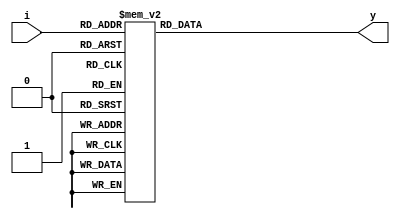
`timescale 1ns / 1ps

module decoder_3_8(
    output reg [7:0] y,
    input [2:0] i
    );
always@(*)
begin 
    case(i)
        3'b000: y= 8'b0000_0001;
        3'b001: y= 8'b0000_0010;
        3'b010: y= 8'b0000_0100;
        3'b011: y= 8'b0000_1000;
        3'b100: y= 8'b0001_0000;
        3'b101: y= 8'b0010_0000;
        3'b110: y= 8'b0100_0000;
        3'b111: y= 8'b1000_0000;
		default:  y = 8'bxxxx_xxxx;
    endcase
end
endmodule